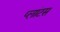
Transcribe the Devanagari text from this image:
प्लांटस